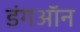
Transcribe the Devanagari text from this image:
डंगऑन